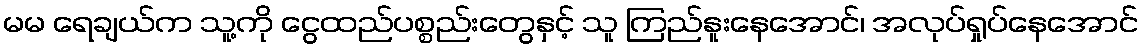
မမ ရေချယ်က သူ့ကို ငွေထည်ပစ္စည်းတွေနှင့် သူ ကြည်နူးနေအောင်၊ အလုပ်ရှုပ်နေအောင်